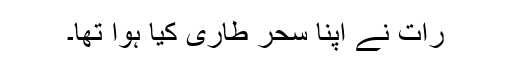
رات نے اپنا سحر طاری کیا ہوا تھا۔